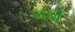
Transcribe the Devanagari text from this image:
मडी